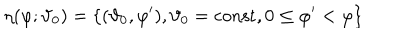
\eta ( \varphi ; \vartheta _ { 0 } ) = \{ ( \vartheta _ { 0 } , \varphi ^ { \prime } ) , \vartheta _ { 0 } = \mathrm { c o n s t } , 0 \leq \varphi ^ { \prime } < \varphi \}